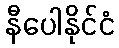
နီပေါနိုင်ငံ